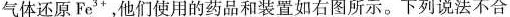
气体还原Fe^{3+}，他们使用的药品和装置如右图所示。下列说法不合